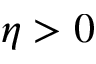
\eta > 0